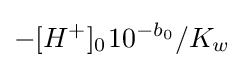
-[H^{+}]_{0^{}}10^{-b_{0}}/K_{w}